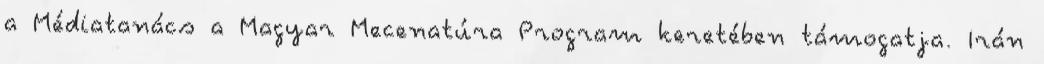
a Médiatanács a Magyar Mecenatúra Program keretében támogatja. Irán